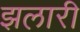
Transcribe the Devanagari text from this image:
झलारी